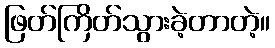
ဖြတ်ကြိတ်သွားခဲ့တာတဲ့။